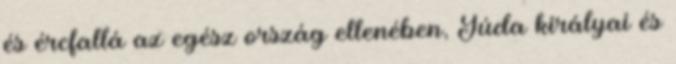
és ércfallá az egész ország ellenében, Júda királyai és